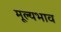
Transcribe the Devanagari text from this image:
मूल्यभाव